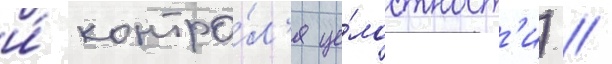
и́ контро́л'я це́лостност'и) /